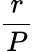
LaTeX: \frac{r}{P}